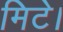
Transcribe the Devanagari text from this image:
मिटे।